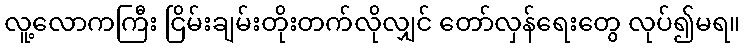
လူ့လောကကြီး ငြိမ်းချမ်းတိုးတက်လိုလျှင် တော်လှန်ရေးတွေ လုပ်၍မရ။